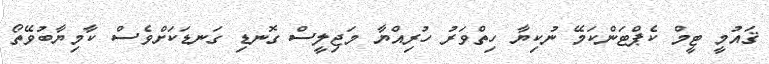
ޤައުމީ ޓީމް ކެޕްޓަންކަމޭ ނުކިޔާ ހިތްވަރު ހުރިއްޔާ މަޖިލީސް ގޮނޑި ގަނޑަކަށްވެސް ކާމިޔާބުވޭތޯ